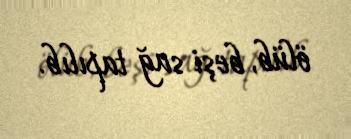
ölüb, beşi sağ tapılıb.